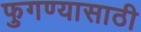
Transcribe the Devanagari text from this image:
फुगण्यासाठी